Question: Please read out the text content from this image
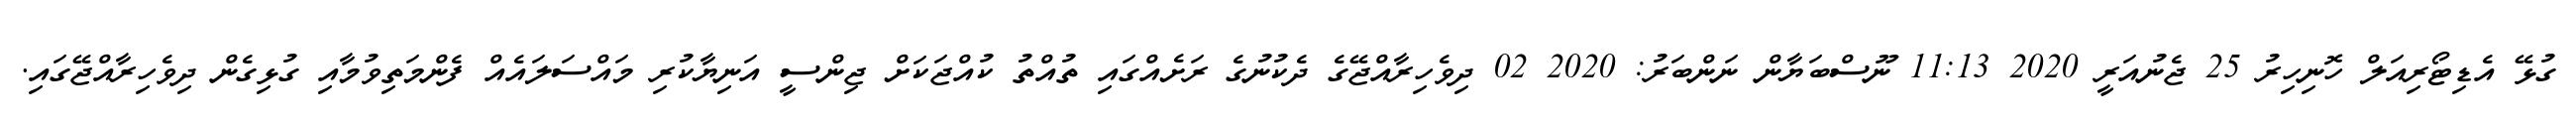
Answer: ގުޅޭ އެޑިޓޯރިއަލް ހޮނިހިރު 25 ޖެނުއަރީ 2020 11:13 ނޫސްބަޔާން ނަންބަރު: 2020 02 ދިވެހިރާއްޖޭގެ ދެކުނުގެ ރަށެއްގައި ތުއްތު ކުއްޖަކަށް ޖިންސީ އަނިޔާކުރި މައްސަލައެއް ފެންމަތިވުމާއި ގުޅިގެން ދިވެހިރާއްޖޭގައި.